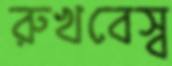
রুখবেস্ব